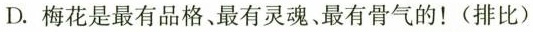
D.梅花是最有品格。最有灵魂。最有骨气的！(排比)